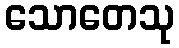
သောတေသု